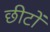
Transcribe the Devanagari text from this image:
छीटों